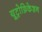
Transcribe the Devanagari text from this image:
यूट्रोफ़िकेशन